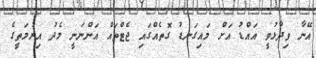
އޭނާ ވިދާޅުވީ އައްޑު އަށް މައިގަނޑު ގޮތެއްގައި ޖެޓްތައް އަންނަނީ މެދު އިރުމަތީގެ